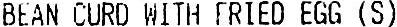
BEAN CURD WITH FRIED EGG (S)